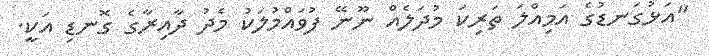
"އަޅުގަނޑުގެ އަމިއްލަ ތަރިކަ މުދަލެއް ނޫނޭ ފުވައްމުލަކު މެދު ދާއިރާގެ ގޮނޑި އަކީ.